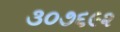
૩૦૭૬૯૨